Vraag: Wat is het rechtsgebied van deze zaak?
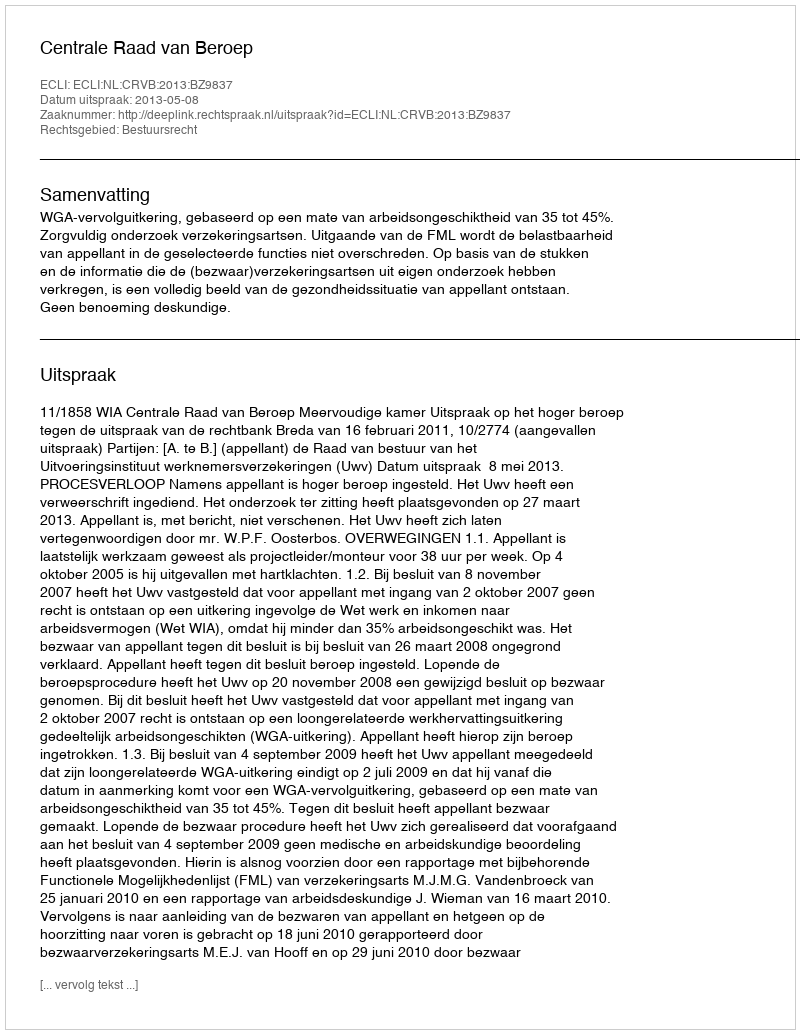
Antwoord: Bestuursrecht